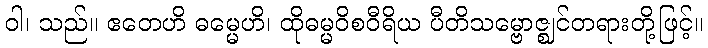
ဝါ၊ သည်။ ဧတေဟိ ဓမ္မေဟိ၊ ထိုဓမ္မဝိစဝီရိယ ပီတိသမ္ဗောဇ္ဈင်တရားတို့ဖြင့်။